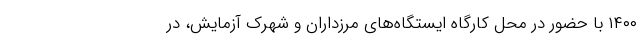
۱۴۰۰ با حضور در محل کارگاه ایستگاه‌های مرزداران و شهرک آزمایش، در